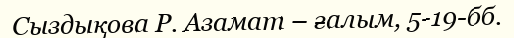
Сыздықова Р. Азамат – ғалым, 5-19-бб.